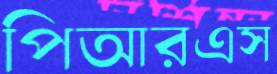
পিআরএস